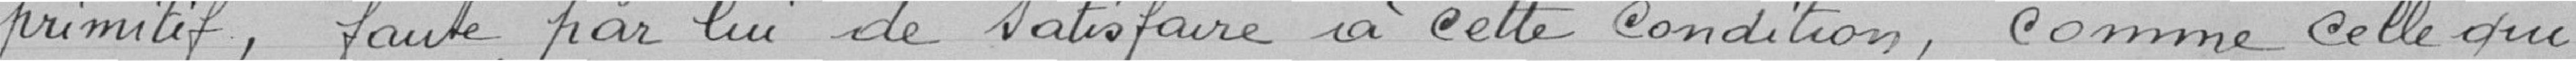
primitif, faute par lui de satisfaire à cette condition, comme celle qui